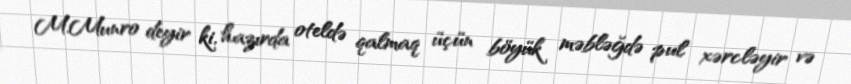
M.Munro deyir ki, hazırda oteldə qalmaq üçün böyük məbləğdə pul xərcləyir və